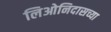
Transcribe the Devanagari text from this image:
लिओनिदासच्या